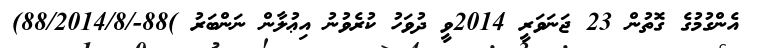
އެންގުމުގެ ގޮތުން 23 ޖަނަވަރީ 2014ވީ ދުވަހު ކުރެވުނު އިޢުލާން ނަންބަރު )88-/88/2014/8)